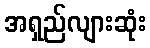
အရှည်လျားဆုံး